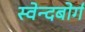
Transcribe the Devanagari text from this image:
स्वेन्दबोर्ग